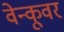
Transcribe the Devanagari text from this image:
वेन्कूवर